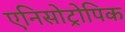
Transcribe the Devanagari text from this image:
एनिसोट्रोपिक